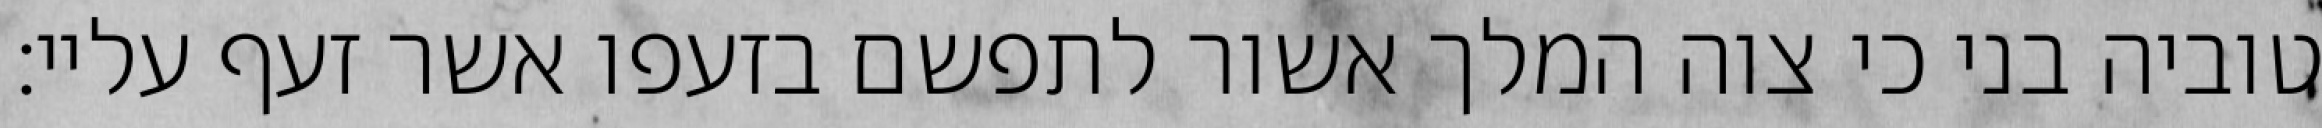
טוביה בני כי צוה המלך אשור לתפשם בזעפו אשר זעף עליי: